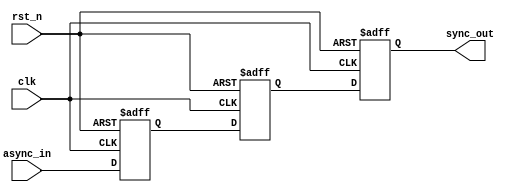
module ms_flip_flop_synchronizer (
    input wire clk,        // Clock signal
    input wire rst_n,      // Active-low reset signal
    input wire async_in,   // Asynchronous input signal
    output reg sync_out    // Synchronized output signal
);

// Internal signals
reg master_ff; // Output of master flip-flop
reg slave_ff;  // Output of slave flip-flop

// Master Flip-Flop: samples async_in on the rising edge of clk
always @(posedge clk or negedge rst_n) begin
    if (!rst_n) begin
        master_ff <= 1'b0; // Reset master flip-flop
    end else begin
        master_ff <= async_in; // Capture the asynchronous input
    end
end

// Slave Flip-Flop: samples master_ff on the falling edge of clk
always @(negedge clk or negedge rst_n) begin
    if (!rst_n) begin
        slave_ff <= 1'b0; // Reset slave flip-flop
    end else begin
        slave_ff <= master_ff; // Capture the output of master flip-flop
    end
end

// Output assignment
always @(posedge clk or negedge rst_n) begin
    if (!rst_n) begin
        sync_out <= 1'b0; // Reset synchronized output
    end else begin
        sync_out <= slave_ff; // Drive the synchronized output
    end
end

endmodule